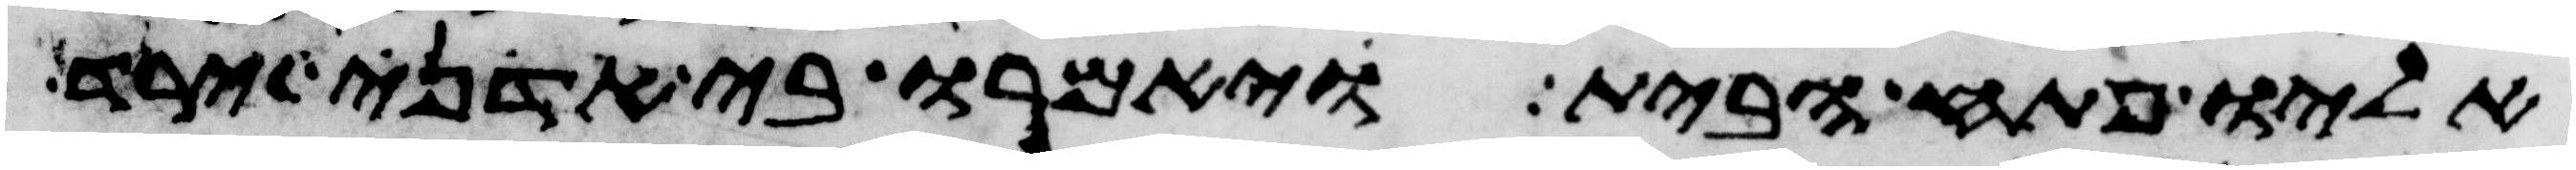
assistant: אליו פתח הבית ויאמרו בי אדני ירד